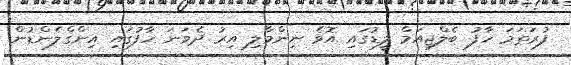
ފުރަތަމަ ހާފު ބެލްޖިއަމް ލީޑުގައި އޮވެ ނިންމާލި އިރު ދެވަނަ ހާފުގައި އިންގްލެންޑުން